Indian journal of veterinary science and animal husbandry - Volume 5,
Year: 1935
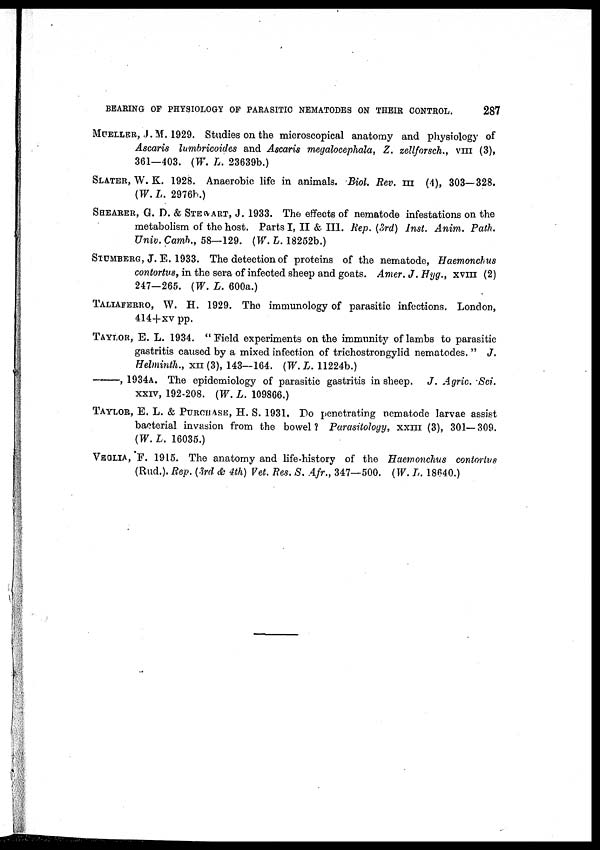
BEARING OF PHYSIOLOGY OF PARASITIC NEMATODES ON THEIR CONTROL.
287
MUELLER, J. M. 1929. Studies on the microscopical anatomy and physiology of
Ascaris lumbricoides and Ascaris megalocephala, Z. zellforsch., VIII (3),
361—403. (W. L. 23639b.)
SLATER, W. K. 1928. Anaerobic life in animals. Biol. Rev. III (4), 303—328.
(W.L. 2976b.)
SHEARER, G. D. & STEWART, J. 1933. The effects of nematode infestations on the
metabolism of the host. Parts I, II & III. Rep. (3rd) Inst. Anim. Path.
Univ. Camb., 58—129. (W. L. 18252b.)
STUMBERG, J. E. 1933. The detection of proteins of the nematode, Haemonchus
contortus, in the sera of infected sheep and goats. Amer. J. Hyg., XVIII (2)
247-265. (W. L. 600a.)
TALIAFERRO, W. H. 1929. The immunology of parasitic infections. London,
414+xv pp.
TAYLOR, E. L. 1934. "Field experiments on the immunity of lambs to parasitic
gastritis caused by a mixed infection of trichostrongylid nematodes. " J.
Helminth., XII (3), 143—164. (W. L. 11224b.)
—,
1934A. The epidemiology of parasitic gastritis in sheep. J. Agric. Sci.
XXIV, 192-208. (W. L. 109866.)
TAYLOR, E. L. & PURCHASE, H. S. 1931. Do penetrating nematode larvae assist
bacterial invasion from the bowel? Parasitology, XXIII (3), 301—309.
(W. L. 16035.)
VECLIA, °F. 1915. The anatomy and life-history of the Haemonchus contortus
(Rud.). Rep. (3rd & 4th) Vet. Res. S. Afr., 347—500. (W. L. 18640.)